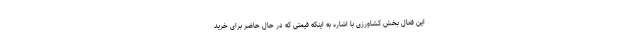
این فعال بخش کشاورزی با اشاره به اینکه قیمتی که در حال حاضر برای خرید